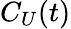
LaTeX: C_{U}(t)